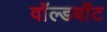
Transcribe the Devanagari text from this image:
वॉल्डबॉट